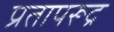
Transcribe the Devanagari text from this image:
प्रतापरूद्र